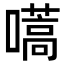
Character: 嚆